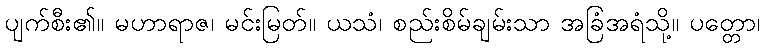
ပျက်စီး၏။ မဟာရာဇ၊ မင်းမြတ်။ ယသံ၊ စည်းစိမ်ချမ်းသာ အခြံအရံသို့။ ပတ္တော၊